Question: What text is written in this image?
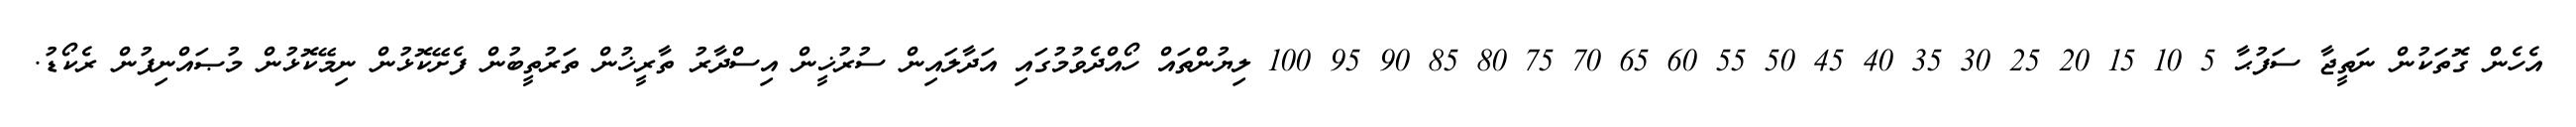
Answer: އެހެން ގޮތަކުން ނަތީޖާ ސަފުޙާ 5 10 15 20 25 30 35 40 45 50 55 60 65 70 75 80 85 90 95 100 ލިޔުންތައް ހޯއްދެވުމުގައި އަދާލައިން ސުރުޚީން އިސްދާރު ތާރީޚުން ތަރުތީބުން ފެށޭކޮޅުން ނިމޭކޮޅުން މުޞައްނިފުން ރެކޯޑު.